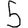
Digit: 5